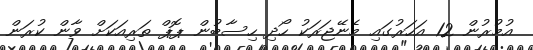
އުމުރުން 12 އަހަރުގައި މެނޭޖަރަކު ހޯދި ހިސާބުން ޕޮޕް ތަރިއަކަށް ވާން ކުރަން